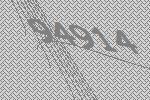
94914